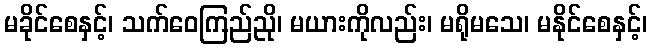
မခိုင်စေနှင့်၊ သက်ဝေကြည်ညို၊ မယားကိုလည်း၊ မရိုမသေ၊ မနိုင်စေနှင့်၊